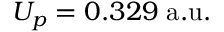
U _ { p } = 0 . 3 2 9 \mathrm { \; a . u . }